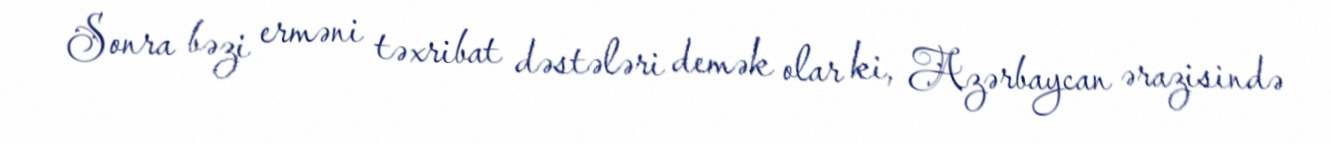
Sonra bəzi erməni təxribat dəstələri demək olar ki, Azərbaycan ərazisində